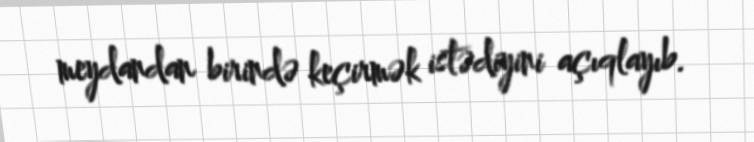
meydandan birində keçirmək istədiyini açıqlayıb.